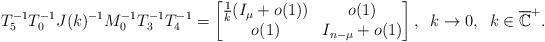
LaTeX: \begin{align*} T_5^{-1}T_0^{-1} J(k)^{-1}M_0^{-1}T_3^{-1} T_4^{-1}=\begin{bmatrix}\frac{1}{k}(I_\mu+o(1)) & o(1) \\ o(1) & I_{n-\mu}+o(1)\end{bmatrix},\;\; k\to0,\;\;k\in \overline{\mathbb{C}}^+.\end{align*}